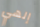
إلهي